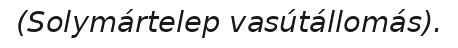
(Solymártelep vasútállomás).